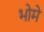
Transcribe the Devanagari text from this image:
भोमे